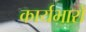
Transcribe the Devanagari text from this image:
कार्यभारों